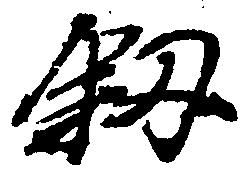
叙